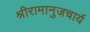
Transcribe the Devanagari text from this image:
श्रीरामानुजचार्य